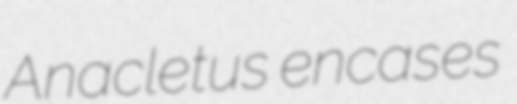
Anacletus encases